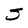
Character: S